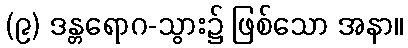
(၉) ဒန္တရောဂ-သွား၌ ဖြစ်သော အနာ။